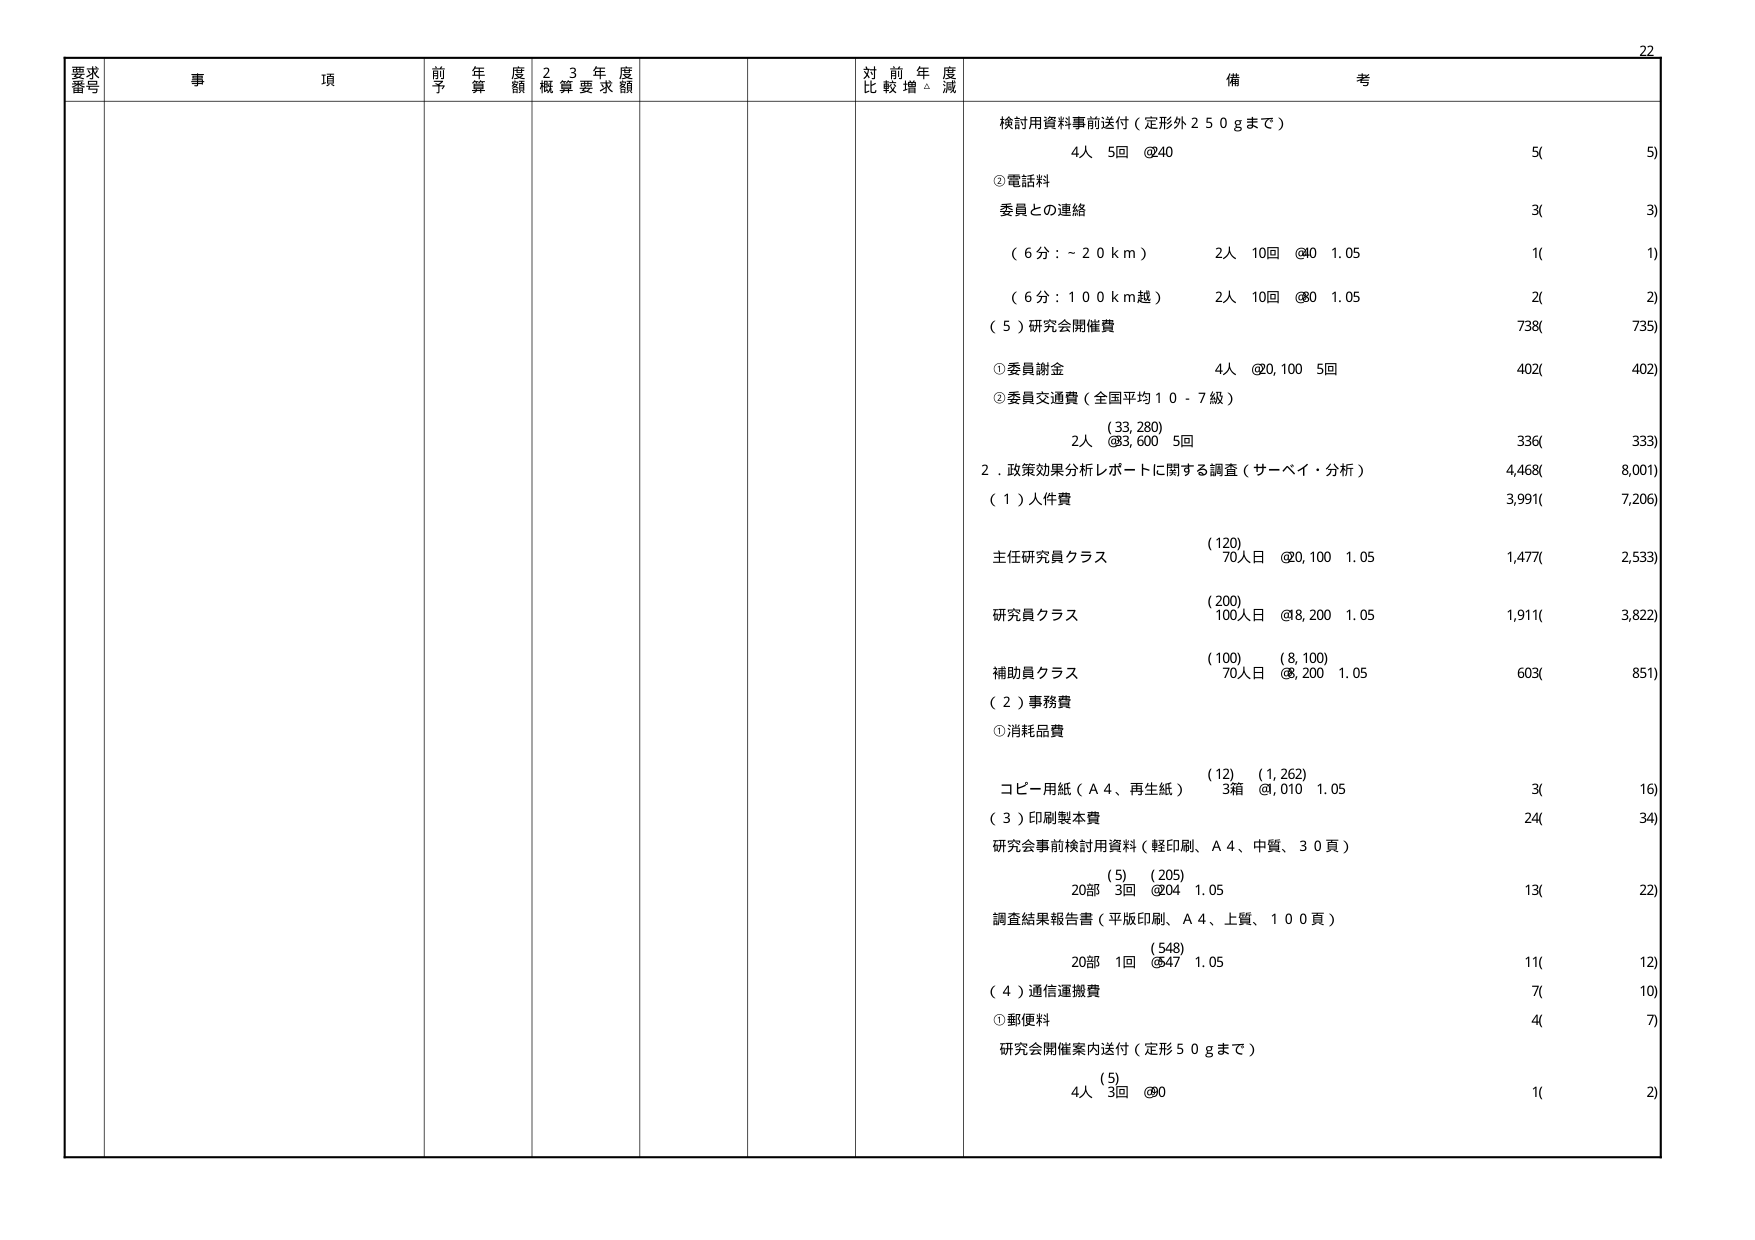
要求番号
事項
前年度予算額
23年度概算要求額
対前年度比較増減
備考
検討用資料事前送付（定形外250gまで）
4人 5回 @240
5( 5)
②電話料
委員との連絡
3( 3)
（6分：～20km） 2人 10回 @40 1.05
1( 1)
（6分：100km越） 2人 10回 @80 1.05
2( 2)
（5）研究会開催費
738( 735)
①委員謝金 4人 @20,100 5回
402( 402)
②委員交通費（全国平均10-7級）
（33,280）
2人 @83,600 5回
336( 333)
2．政策効果分析レポートに関する調査（サーベイ・分析）
4,468( 8,001)
（1）人件費
3,991( 7,206)
主任研究員クラス
（120）
70人日 @20,100 1.05
1,477( 2,533)
研究員クラス
（200）
100人日 @8,200 1.05
1,911( 3,822)
補助員クラス
（100） （8,100）
70人日 @8,200 1.05
603( 851)
（2）事務費
①消耗品費
コピー用紙（A4、再生紙）
（12） （1,262）
3箱 @4,010 1.05
3( 16)
（3）印刷製本費
24( 34)
研究会事前検討用資料（軽印刷、A4、中質、30頁）
（5） （205）
20部 3回 @204 1.05
13( 22)
調査結果報告書（平版印刷、A4、上質、100頁）
（548）
20部 1回 @547 1.05
11( 12)
（4）通信運搬費
7( 10)
①郵便料
4( 7)
研究会開催案内送付（定形50gまで）
（5）
4人 3回 @80
1( 2)
22